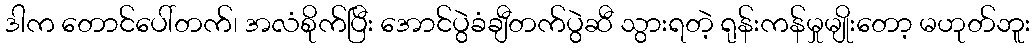
ဒါက တောင်ပေါ်တက်၊ အလံစိုက်ပြီး အောင်ပွဲခံချီတက်ပွဲဆီ သွားရတဲ့ ရုန်းကန်မှုမျိုးတော့ မဟုတ်ဘူး